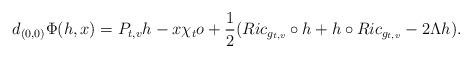
LaTeX: \begin{align*}d_{(0,0)}\Phi(h,x)=P_{t,v}h-x\chi_{t}o+\frac{1}{2}(Ric_{g_{t,v}}\circ h+h \circ Ric_{g_{t,v}}-2\Lambda h).\end{align*}